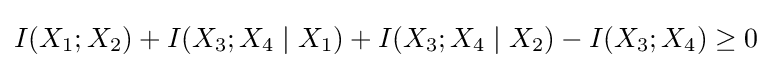
I(X_{1};X_{2})+I(X_{3};X_{4}\mid X_{1})+I(X_{3};X_{4}\mid X_{2})-I(X_{3};X_{4})\geq 0